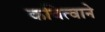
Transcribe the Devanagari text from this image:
कवित्वाने